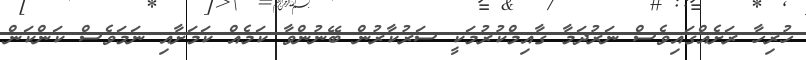
ހުރިހާ ރަށެއްގައިވެސް ނަރުދަމާ ގާއިމްކުރުމަކީ ސަރުކާރުން ބޭނުންވާ ކަމެއް ކަމަށާއި ނަމަވެސް ކަންކަން